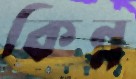
কিন্ন